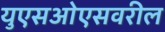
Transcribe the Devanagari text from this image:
युएसओएसवरील